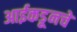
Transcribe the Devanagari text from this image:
आईकडूनचे